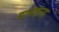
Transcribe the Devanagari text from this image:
मानवाना